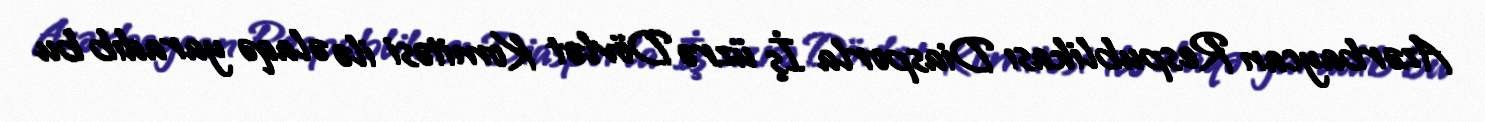
Azərbaycan Respublikası Diasporla İş üzrə Dövlət Komitəsi ilə əlaqə yaradıb bu